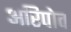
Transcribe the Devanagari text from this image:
अरिपोव